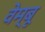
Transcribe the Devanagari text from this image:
वेम्बू